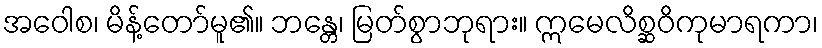
အဝေါစ၊ မိန့်တော်မူ၏။ ဘန္တေ၊ မြတ်စွာဘုရား။ ဣမေလိစ္ဆဝိကုမာရကာ၊